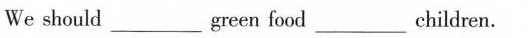
We should ___ green foodchildren.